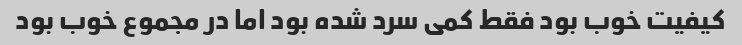
کیفیت خوب بود فقط کمی سرد شده بود اما در مجموع خوب بود